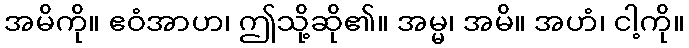
အမိကို။ ဧဝံအာဟ၊ ဤသို့ဆို၏။ အမ္မ၊ အမိ။ အဟံ၊ ငါ့ကို။